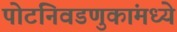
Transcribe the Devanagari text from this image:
पोटनिवडणुकांमध्ये